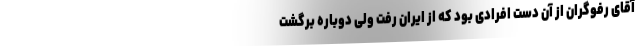
آقای رفوگران از آن دست افرادی بود که از ایران رفت ولی دوباره برگشت